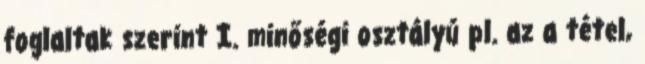
foglaltak szerint I. minőségi osztályú pl. az a tétel,